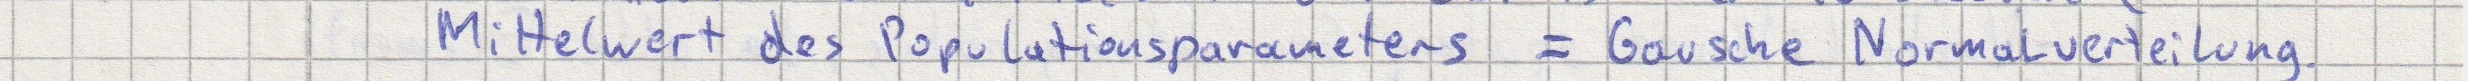
Mittelwert des Populationsparameters = Gausche Normalverteilung.